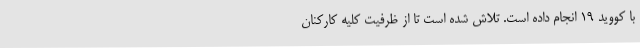
با کووید 19 انجام داده است. تلاش شده است تا از ظرفیت کلیه کارکنان